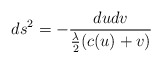
\begin{align*}ds^2=-\frac {dudv} {{\frac \lambda 2}(c(u)+v)} \end{align*}